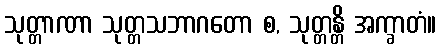
သုတ္တာဏာ သုတ္တသဘာဂတော စ, သုတ္တန္တိ အက္ခာတံ။